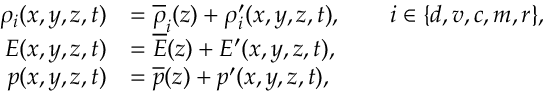
\begin{array} { r l } { \rho _ { i } ( x , y , z , t ) } & { = \overline { { \rho } } _ { i } ( z ) + \rho _ { i } ^ { \prime } ( x , y , z , t ) , \qquad i \in \{ d , v , c , m , r \} , } \\ { E ( x , y , z , t ) } & { = \overline { { E } } ( z ) + { E } ^ { \prime } ( x , y , z , t ) , } \\ { p ( x , y , z , t ) } & { = \overline { { p } } ( z ) + p ^ { \prime } ( x , y , z , t ) , } \end{array}